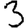
Digit: 3